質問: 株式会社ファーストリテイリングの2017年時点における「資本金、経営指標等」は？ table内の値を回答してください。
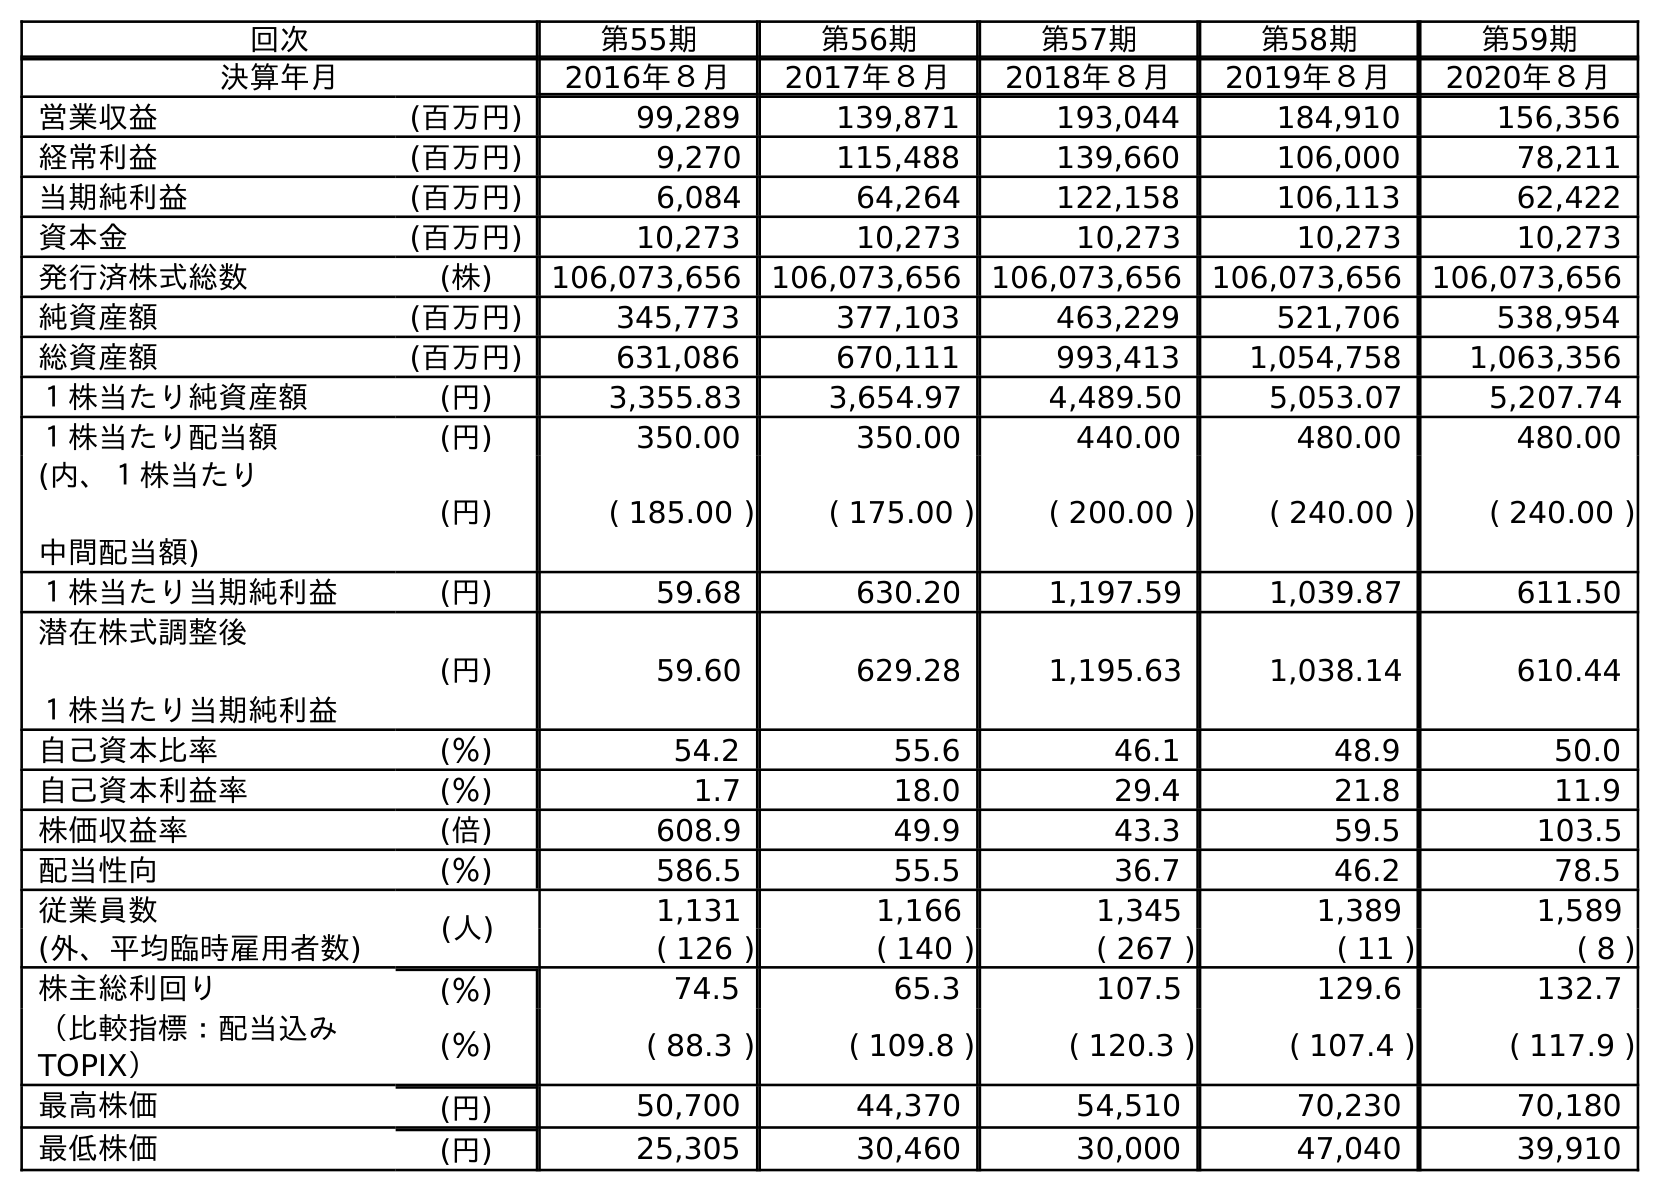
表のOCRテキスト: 回次 第55期 第56期 第57期 第58期 第59期 決算年月 2016年８月 2017年８月 2018年８月 2019年８月 2020年８月 営業収益 (百万円) 99,289 139,871 193,044 184,910 156,356 経常利益 (百万円) 9,270 115,488 139,660 106,000 78,211 当期純利益 (百万円) 6,084 64,264 122,158 106,113 62,422 資本金 (百万円) 10,273 10,273 10,273 10,273 10,273 発行済株式総数 (株) 106,073,656 106,073,656 106,073,656 106,073,656 106,073,656 純資産額 (百万円) 345,773 377,103 463,229 521,706 538,954 総資産額 (百万円) 631,086 670,111 993,413 1,054,758 1,063,356 １株当たり純資産額 (円) 3,355.83 3,654.97 4,489.50 5,053.07 5,207.74 １株当たり配当額 (円) 350.00 350.00 440.00 480.00 480.00 (内、１株当たり 中間配当額) (円) ( 185.00 ) ( 175.00 ) ( 200.00 ) ( 240.00 ) ( 240.00 ) １株当たり当期純利益 (円) 59.68 630.20 1,197.59 1,039.87 611.50 潜在株式調整後 １株当たり当期純利益 (円) 59.60 629.28 1,195.63 1,038.14 610.44 自己資本比率 (％) 54.2 55.6 46.1 48.9 50.0 自己資本利益率 (％) 1.7 18.0 29.4 21.8 11.9 株価収益率 (倍) 608.9 49.9 43.3 59.5 103.5 配当性向 (％) 586.5 55.5 36.7 46.2 78.5 従業員数 (人) 1,131 1,166 1,345 1,389 1,589 (外、平均臨時雇用者数) ( 126 ) ( 140 ) ( 267 ) ( 11 ) ( 8 ) 株主総利回り (％) 74.5 65.3 107.5 129.6 132.7 （比較指標：配当込み TOPIX） (％) ( 88.3 ) ( 109.8 ) ( 120.3 ) ( 107.4 ) ( 117.9 ) 最高株価 (円) 50,700 44,370 54,510 70,230 70,180 最低株価 (円) 25,305 30,460 30,000 47,040 39,910
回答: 10,273